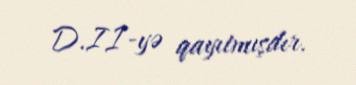
D.II-yə qayıtmışdır.